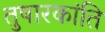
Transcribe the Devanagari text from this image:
तुषारकांति